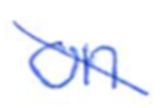
Text: on
Cross-out: diagonal
Writing tool: ballpoint